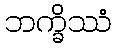
ဘက္ခိဿံ